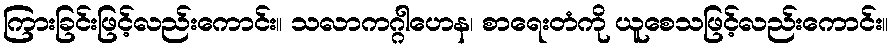
ကြားခြင်းဖြင့်လည်းကောင်း။ သလာကဂ္ဂါဟေန၊ စာရေးတံကို ယူစေသဖြင့်လည်းကောင်း။